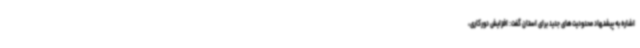
اشاره به پیشنهاد محدودیت‌های جدید برای استان گفت: افزایش دورکاری،